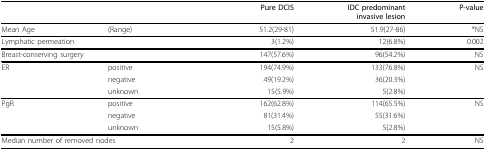
<table><thead><tr><td></td><td></td><td><b>Pure DCIS</b></td><td><b>IDC predominant invasive lesion</b></td><td><b>P-value</b></td></tr></thead><tbody><tr><td>Mean Age</td><td>(Range)</td><td>51.2(29-81)</td><td>51.9(27-86)</td><td>*NS</td></tr><tr><td colspan="2">Lymphatic permeation</td><td>3(1.2%)</td><td>12(6.8%)</td><td>0.002</td></tr><tr><td colspan="2">Breast-conserving surgery</td><td>147(57.6%)</td><td>96(54.2%)</td><td>NS</td></tr><tr><td>ER</td><td>positive</td><td>194(74.9%)</td><td>133(76.8%)</td><td>NS</td></tr><tr><td></td><td>negative</td><td>49(19.2%)</td><td>36(20.3%)</td><td></td></tr><tr><td></td><td>unknown</td><td>15(5.9%)</td><td>5(2.8%)</td><td></td></tr><tr><td>PgR</td><td>positive</td><td>162(62.8%)</td><td>114(65.5%)</td><td>NS</td></tr><tr><td></td><td>negative</td><td>81(31.4%)</td><td>55(31.6%)</td><td></td></tr><tr><td></td><td>unknown</td><td>15(5.8%)</td><td>5(2.8%)</td><td></td></tr><tr><td colspan="2">Median number of removed nodes</td><td>2</td><td>2</td><td>NS</td></tr></tbody></table>